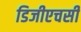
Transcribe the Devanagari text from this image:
डिजीएचसी